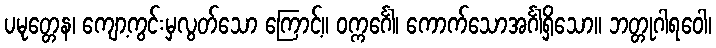
ပမုတ္တေန၊ ကျော့ကွင်းမှလွတ်သော ကြောင့်။ ဝက္ကင်္ဂေါ၊ ကောက်သောအင်္ဂါရှိသော။ ဘတ္တုဂါရဝေါ၊